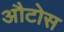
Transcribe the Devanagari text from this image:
औटोस